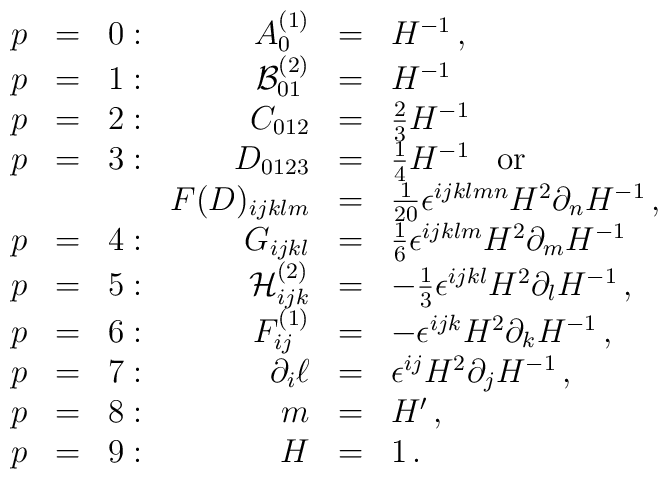
\begin{array}{rclrcl}p&=&0: & A_0^{(1)} &=& H^{-1}\, , \\p&=&1:& {\cal B}_{01}^{(2)} &=& H^{-1}\, \\p&=&2:& C_{012} &=& {2\over 3} H^{-1}\, \\p&=&3:& D_{0123} &=& {1\over 4} H^{-1}\, \ \ {\rm or}\\&&&F(D)_{ijklm} &=& {1\over 20}\epsilon^{ijklmn} H^2\partial_n H^{-1}\, ,\\p&=&4:& G_{ijkl} &=& {1\over 6}\epsilon^{ijklm}H^2\partial_m H^{-1}\, \\p&=&5: &{\cal H}^{(2)}_{ijk} &=& -{1\over 3}\epsilon^{ijkl}H^2\partial_l H^{-1}\, ,\\p&=&6:& F^{(1)}_{ij} &=& -\epsilon^{ijk}H^2\partial_k H^{-1}\, , \\p&=&7:& \partial_i\ell &=& \epsilon^{ij}H^2\partial_j H^{-1}\, ,\\p&=&8:& m &=& H^\prime\, ,\\p&=&9:& H &=& 1\, .\\\end{array}